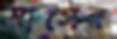
মাসের